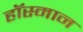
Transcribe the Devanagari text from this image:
हॉस्मान